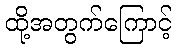
ထို့အတွက်ကြောင့်